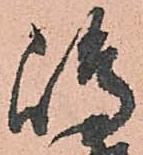
嶋